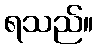
ရသည်။